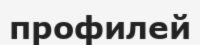
профилей